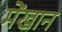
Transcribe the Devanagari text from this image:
मेंखान